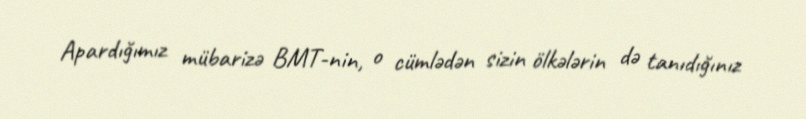
Apardığımız mübarizə BMT-nin, o cümlədən sizin ölkələrin də tanıdığınız